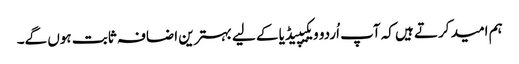
ہم امید کرتے ہیں کہ آپ اُردو ویکیپیڈیا کے لیے بہترین اضافہ ثابت ہوں گے۔